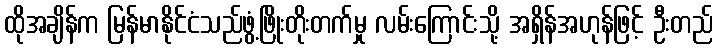
ထိုအချိန်က မြန်မာနိုင်ငံသည်ဖွံ့ဖြိုးတိုးတက်မှု လမ်းကြောင်းသို့ အရှိန်အဟုန်ဖြင့် ဦးတည်